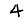
Digit: 4